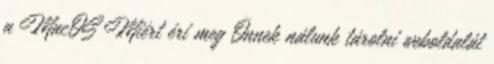
a MacOS Miért éri meg Önnek nálunk tárolni weboldalát